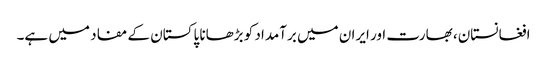
افغانستان، بھارت اور ایران میں برآمداد کو بڑھانا پاکستان کے مفاد میں ہے۔